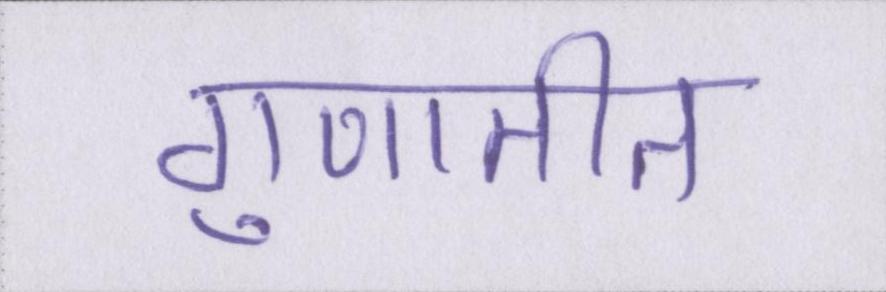
गुणातीत